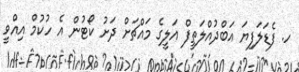
ހ. ފެޑަލަފިޔަ އަބްދުއްލަތީފް އަލީގެ މައްޗަށް ދަށު ކޯޓުން އެ ހުކުމް އިއްވީ